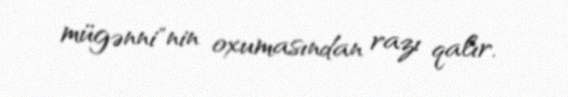
mügənni"nin oxumasından razı qalır.